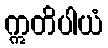
ဣတိပါယံ